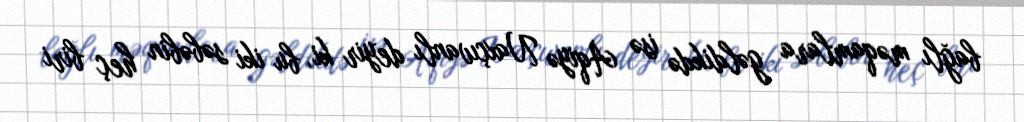
bağlı məqamlara gəldikdə isə Aqiyə Naxçıvanlı deyir ki, bu iki səbəbin heç biri